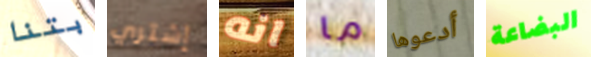
بتنا إشتري انه ما أدعوها البضاعة